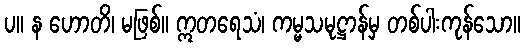
ပ။ န ဟောတိ၊ မဖြစ်။ ဣတရေသံ၊ ကမ္မသမုဋ္ဌာန်မှ တစ်ပါးကုန်သော။